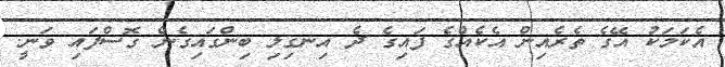
އެކަމަކު އޭގެ ތެރެއިން އެކެއްގެ ފައިގެ ދެ އިނގިލި ބިންގައިގެން ގޮސްފައި ވަނީ.